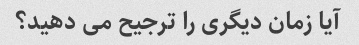
آیا زمان دیگری را ترجیح می دهید؟